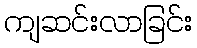
ကျဆင်းလာခြင်း